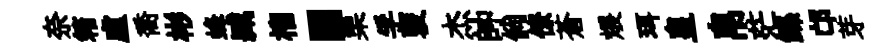
奈箱盧喬彬蜂臧榴關栗孚褏杰帥倘僚蒼煨珥皇帛茫鲧邙芽